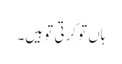
ہاں تو کرتی تو ہیں۔